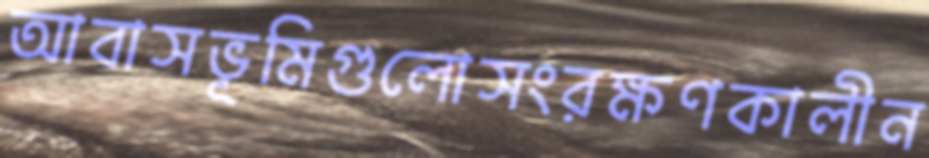
আবাসভূমিগুলোসংরক্ষণকালীন